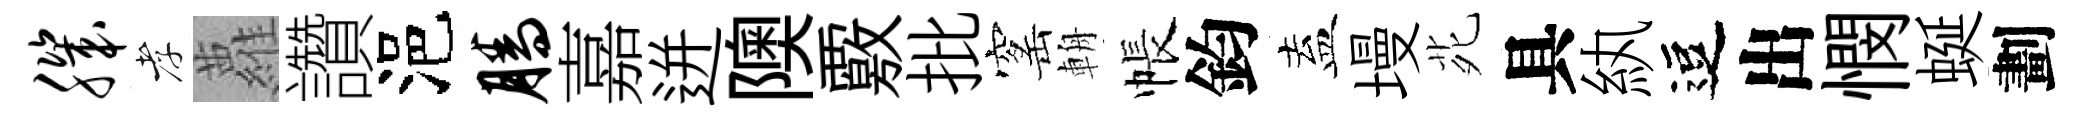
肌孝蘿讚浥腾嘉迸隩覈批窰輈帳鈞盍墁𫟍具紈逗出憫蜒劃